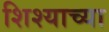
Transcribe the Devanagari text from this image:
शिश्याच्या